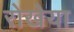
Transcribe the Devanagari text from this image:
रोखेया